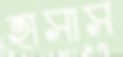
হাসাস